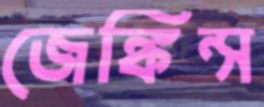
জেঙ্কিন্স